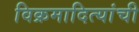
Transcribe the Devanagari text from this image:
विक्रमादित्यांची